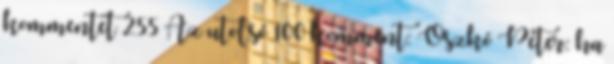
kommentet 255 Az utolsó 100 komment: Oszkó Péter: ha